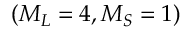
( M _ { L } = 4 , M _ { S } = 1 )